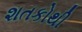
શતકોથી